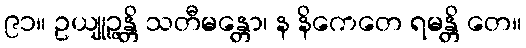
၉၁။ ဥယျုဉ္ဇန္တိ သတီမန္တော၊ န နိကေတေ ရမန္တိ တေ။